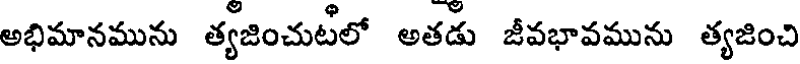
అభిమానమును త్యజించుటిలో అతడు జీవభావమును త్యజించి